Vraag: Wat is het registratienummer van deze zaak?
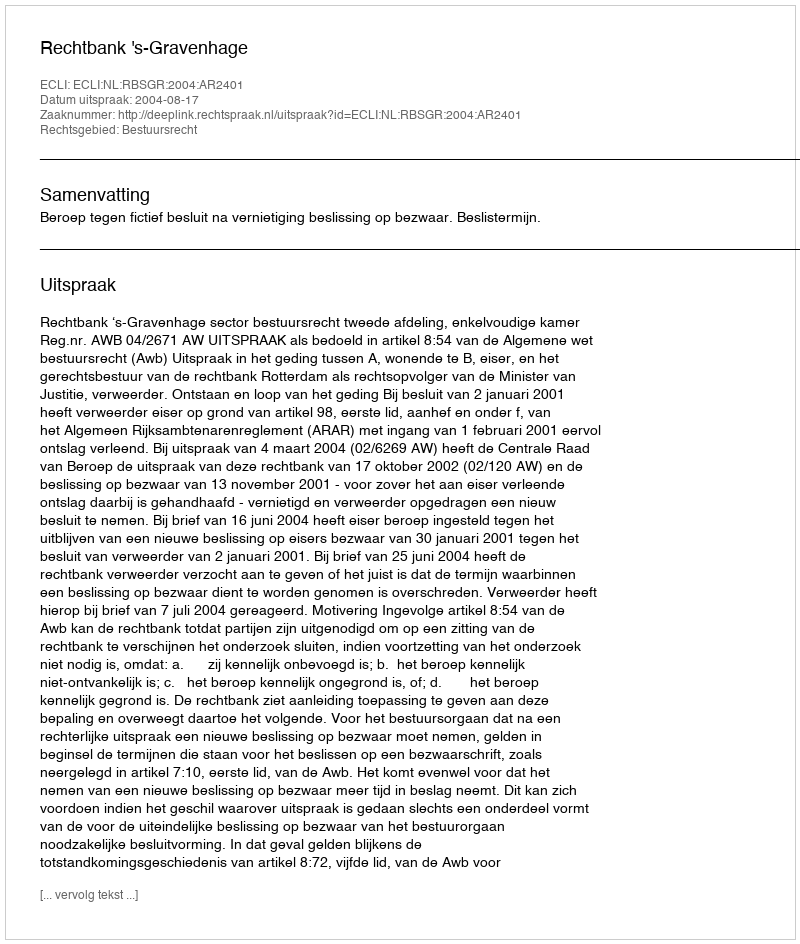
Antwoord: http://deeplink.rechtspraak.nl/uitspraak?id=ECLI:NL:RBSGR:2004:AR2401